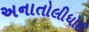
અનાતોલીધોઈ